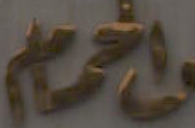
الحمام